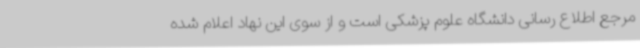
مرجع اطلاع رسانی دانشگاه علوم پزشکی است و از سوی این نهاد اعلام شده